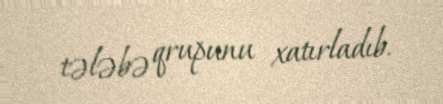
tələbə qrupunu xatırladıb.